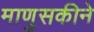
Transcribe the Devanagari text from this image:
माणुसकीने